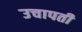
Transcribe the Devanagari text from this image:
उचापती